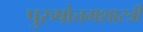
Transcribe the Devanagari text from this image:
पुरुषोत्तमशास्त्री